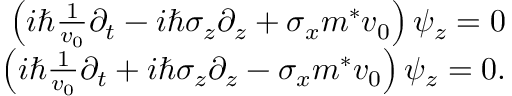
\begin{array} { r l r } & { } & { \left( i \hbar \frac { 1 } { v _ { 0 } } \partial _ { t } - i \hbar \sigma _ { z } \partial _ { z } + \sigma _ { x } m ^ { * } v _ { 0 } \right) \psi _ { z } = 0 } \\ & { } & { \left( i \hbar \frac { 1 } { v _ { 0 } } \partial _ { t } + i \hbar \sigma _ { z } \partial _ { z } - \sigma _ { x } m ^ { * } v _ { 0 } \right) \psi _ { z } = 0 . } \end{array}